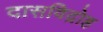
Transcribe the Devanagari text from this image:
दासविद्रोह